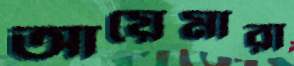
আয়েমারা